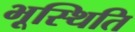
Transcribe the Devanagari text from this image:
भूस्थिति